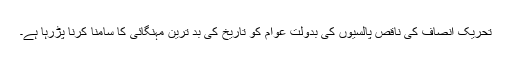
تحریک انصاف کی ناقص پالسیوں کی بدولت عوام کو تاریخ کی بد ترین مہنگائی کا سامنا کرنا پڑرہا ہے۔